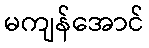
မကျန်အောင်